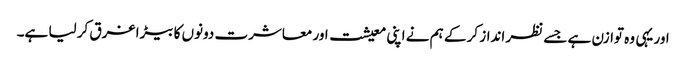
اور یہی وہ توازن ہے جسے نظر انداز کر کے ہم نے اپنی معیشت اور معاشرت دونوں کا بیڑا غرق کر لیا ہے۔